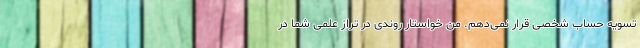
تسویه حساب شخصی قرار نمی‌دهم. من خواستار روندی در تراز علمی شما در